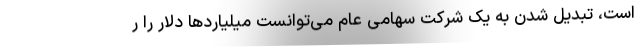
است، تبدیل شدن به یک شرکت سهامی عام می‌توانست میلیاردها دلار را ر